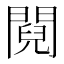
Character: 䦧